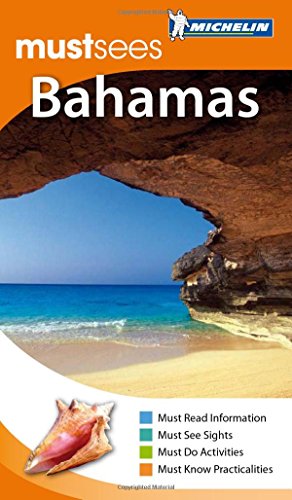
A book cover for Michelin Must Sees The Bahamas (Must See Guides/Michelin); Michelin; Travel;